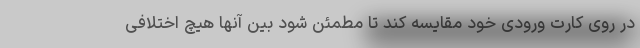
در روی کارت ورودی خود مقایسه کند تا مطمئن شود بین آنها هیچ اختلافی